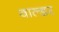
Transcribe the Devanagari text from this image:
वाल्डर